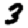
Digit: 3